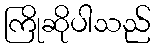
ကြိုဆိုပါသည်